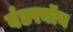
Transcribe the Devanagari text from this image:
वंडरबॉय